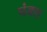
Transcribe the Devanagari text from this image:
पंक्स